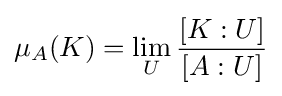
\mu _{A}(K)=\lim _{U}{\frac {[K:U]}{[A:U]}}